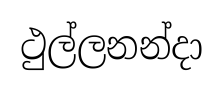
ථුල්ලනන්දා